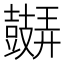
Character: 𲎛